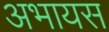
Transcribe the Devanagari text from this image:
अभायस